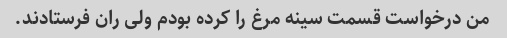
من درخواست قسمت سینه مرغ را کرده بودم ولی ران فرستادند.